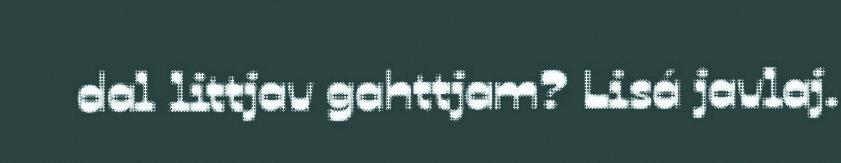
dal littjav gahttjam? Lisá javlaj.